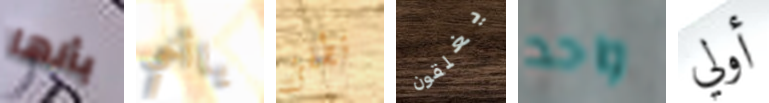
بأنها ياأخي تطفئ يغلقون واحد أولي